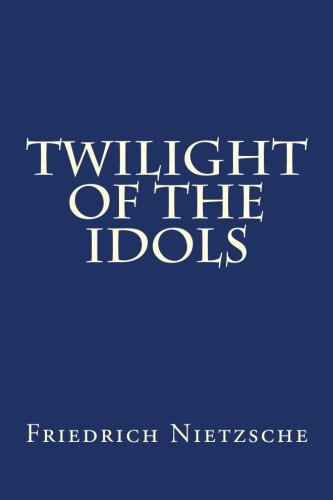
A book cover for Twilight of the Idols; Friedrich Nietzsche; Politics & Social Sciences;